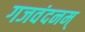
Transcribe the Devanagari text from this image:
गजवंदनम्